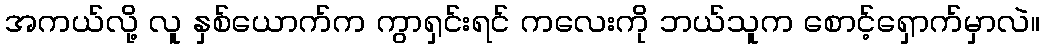
အကယ်လို့ လူ နှစ်ယောက်က ကွာရှင်းရင် ကလေးကို ဘယ်သူက စောင့်ရှောက်မှာလဲ။